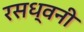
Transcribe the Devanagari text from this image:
रसध्वनी